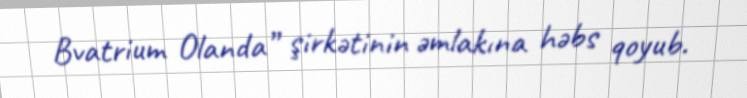
Bvatrium Olanda” şirkətinin əmlakına həbs qoyub.